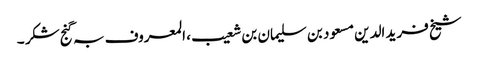
شیخ فرید الدین مسعود بن سلیمان بن شعیب ، المعروف بہ گنج شکر ۔